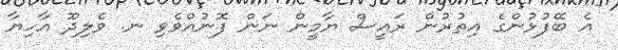
އެ ބޭފުޅުންގެ އިތުރުން ރައީސް ޔާމީން ނަން ފޮނުއްވެވި ނ. ވެލިދޫ އާހިޔާ